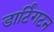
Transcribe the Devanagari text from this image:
डार्टिंगटन